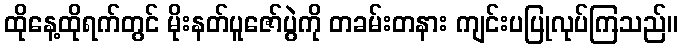
ထိုနေ့ထိုရက်တွင် မိုးနတ်ပူဇော်ပွဲကို တခမ်းတနား ကျင်းပပြုလုပ်ကြသည်။